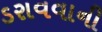
ડરાવવાની